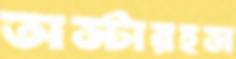
অস্টারহস